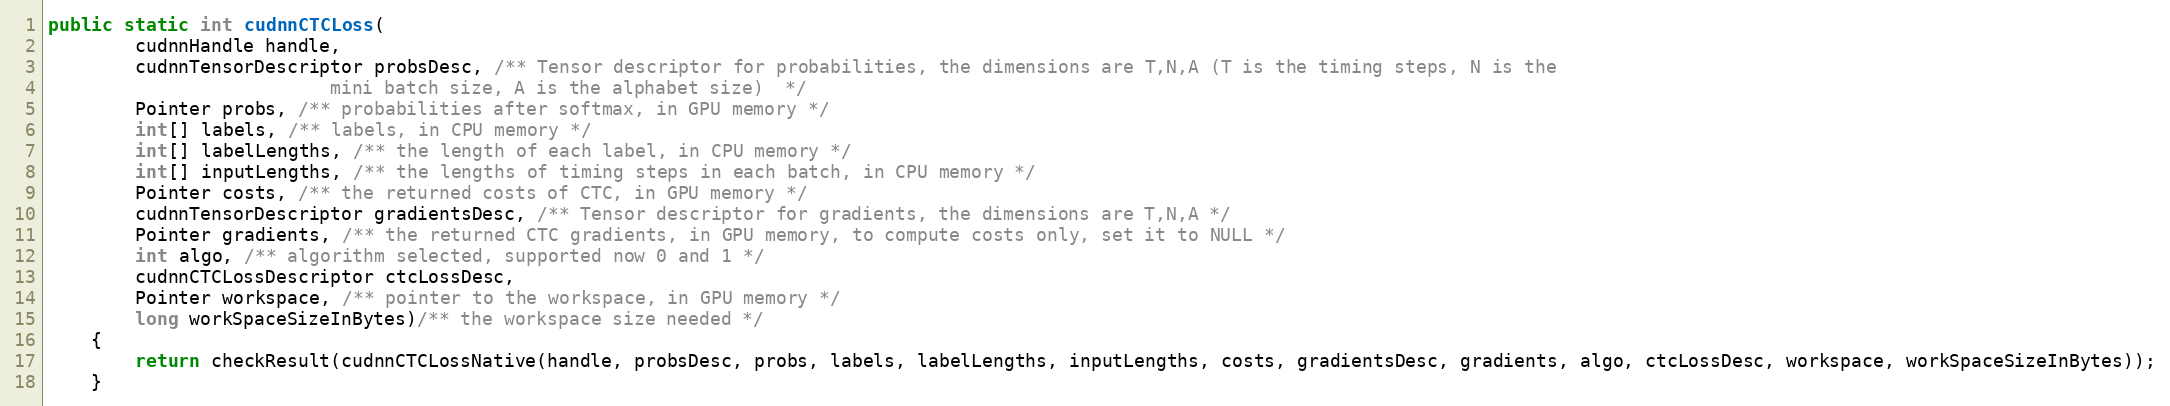
Language: Java
public static int cudnnCTCLoss(
        cudnnHandle handle,
        cudnnTensorDescriptor probsDesc, /** Tensor descriptor for probabilities, the dimensions are T,N,A (T is the timing steps, N is the
                          mini batch size, A is the alphabet size)  */
        Pointer probs, /** probabilities after softmax, in GPU memory */
        int[] labels, /** labels, in CPU memory */
        int[] labelLengths, /** the length of each label, in CPU memory */
        int[] inputLengths, /** the lengths of timing steps in each batch, in CPU memory */
        Pointer costs, /** the returned costs of CTC, in GPU memory */
        cudnnTensorDescriptor gradientsDesc, /** Tensor descriptor for gradients, the dimensions are T,N,A */
        Pointer gradients, /** the returned CTC gradients, in GPU memory, to compute costs only, set it to NULL */
        int algo, /** algorithm selected, supported now 0 and 1 */
        cudnnCTCLossDescriptor ctcLossDesc,
        Pointer workspace, /** pointer to the workspace, in GPU memory */
        long workSpaceSizeInBytes)/** the workspace size needed */
    {
        return checkResult(cudnnCTCLossNative(handle, probsDesc, probs, labels, labelLengths, inputLengths, costs, gradientsDesc, gradients, algo, ctcLossDesc, workspace, workSpaceSizeInBytes));
    }